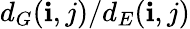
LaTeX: d_{G}(\mathbf{i},j)/d_{E}(\mathbf{i},j)